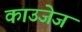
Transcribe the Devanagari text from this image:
काउजेज